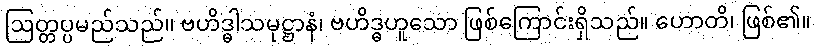
ဩတ္တပ္ပမည်သည်။ ဗဟိဒ္ဓါသမုဋ္ဌာနံ၊ ဗဟိဒ္ဓဟူသော ဖြစ်ကြောင်းရှိသည်။ ဟောတိ၊ ဖြစ်၏။